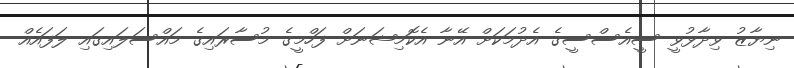
ނިޔާޒު ވިދާޅުވީ ސީއެސްސީގެ އެދުމަކަށް އޭނާ އެކޮމިޝަނަށް ފަހްމީގެ މުސާރައިގެ މައްސަލައިގައި ލަފައެއް